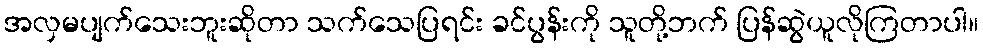
အလှမပျက်သေးဘူးဆိုတာ သက်သေပြရင်း ခင်ပွန်းကို သူတို့ဘက် ပြန်ဆွဲယူလိုကြတာပါ။